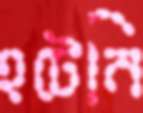
হটেনি